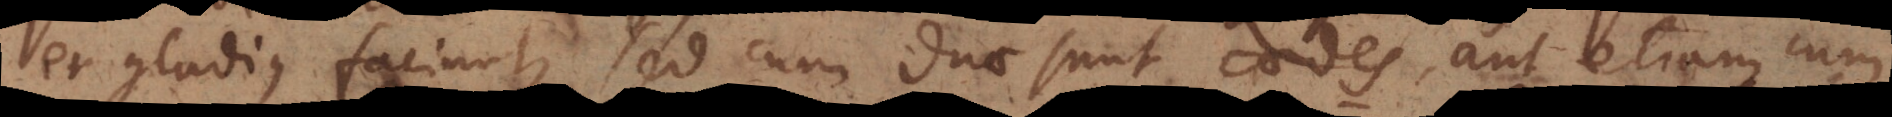
et gladius faciunt, sed cum duae sunt caedes, aut etiam cum